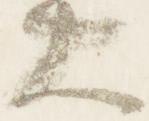
大